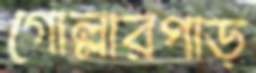
গোল্লারপাড়